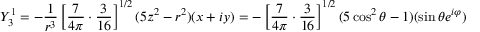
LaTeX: Y _ { 3 } ^ { 1 } = - { \frac { 1 } { r ^ { 3 } } } \left[ { \frac { 7 } { 4 \pi } } \cdot { \frac { 3 } { 1 6 } } \right] ^ { 1 / 2 } ( 5 z ^ { 2 } - r ^ { 2 } ) ( x + i y ) = - \left[ { \frac { 7 } { 4 \pi } } \cdot { \frac { 3 } { 1 6 } } \right] ^ { 1 / 2 } ( 5 \cos ^ { 2 } \theta - 1 ) ( \sin \theta e ^ { i \varphi } )